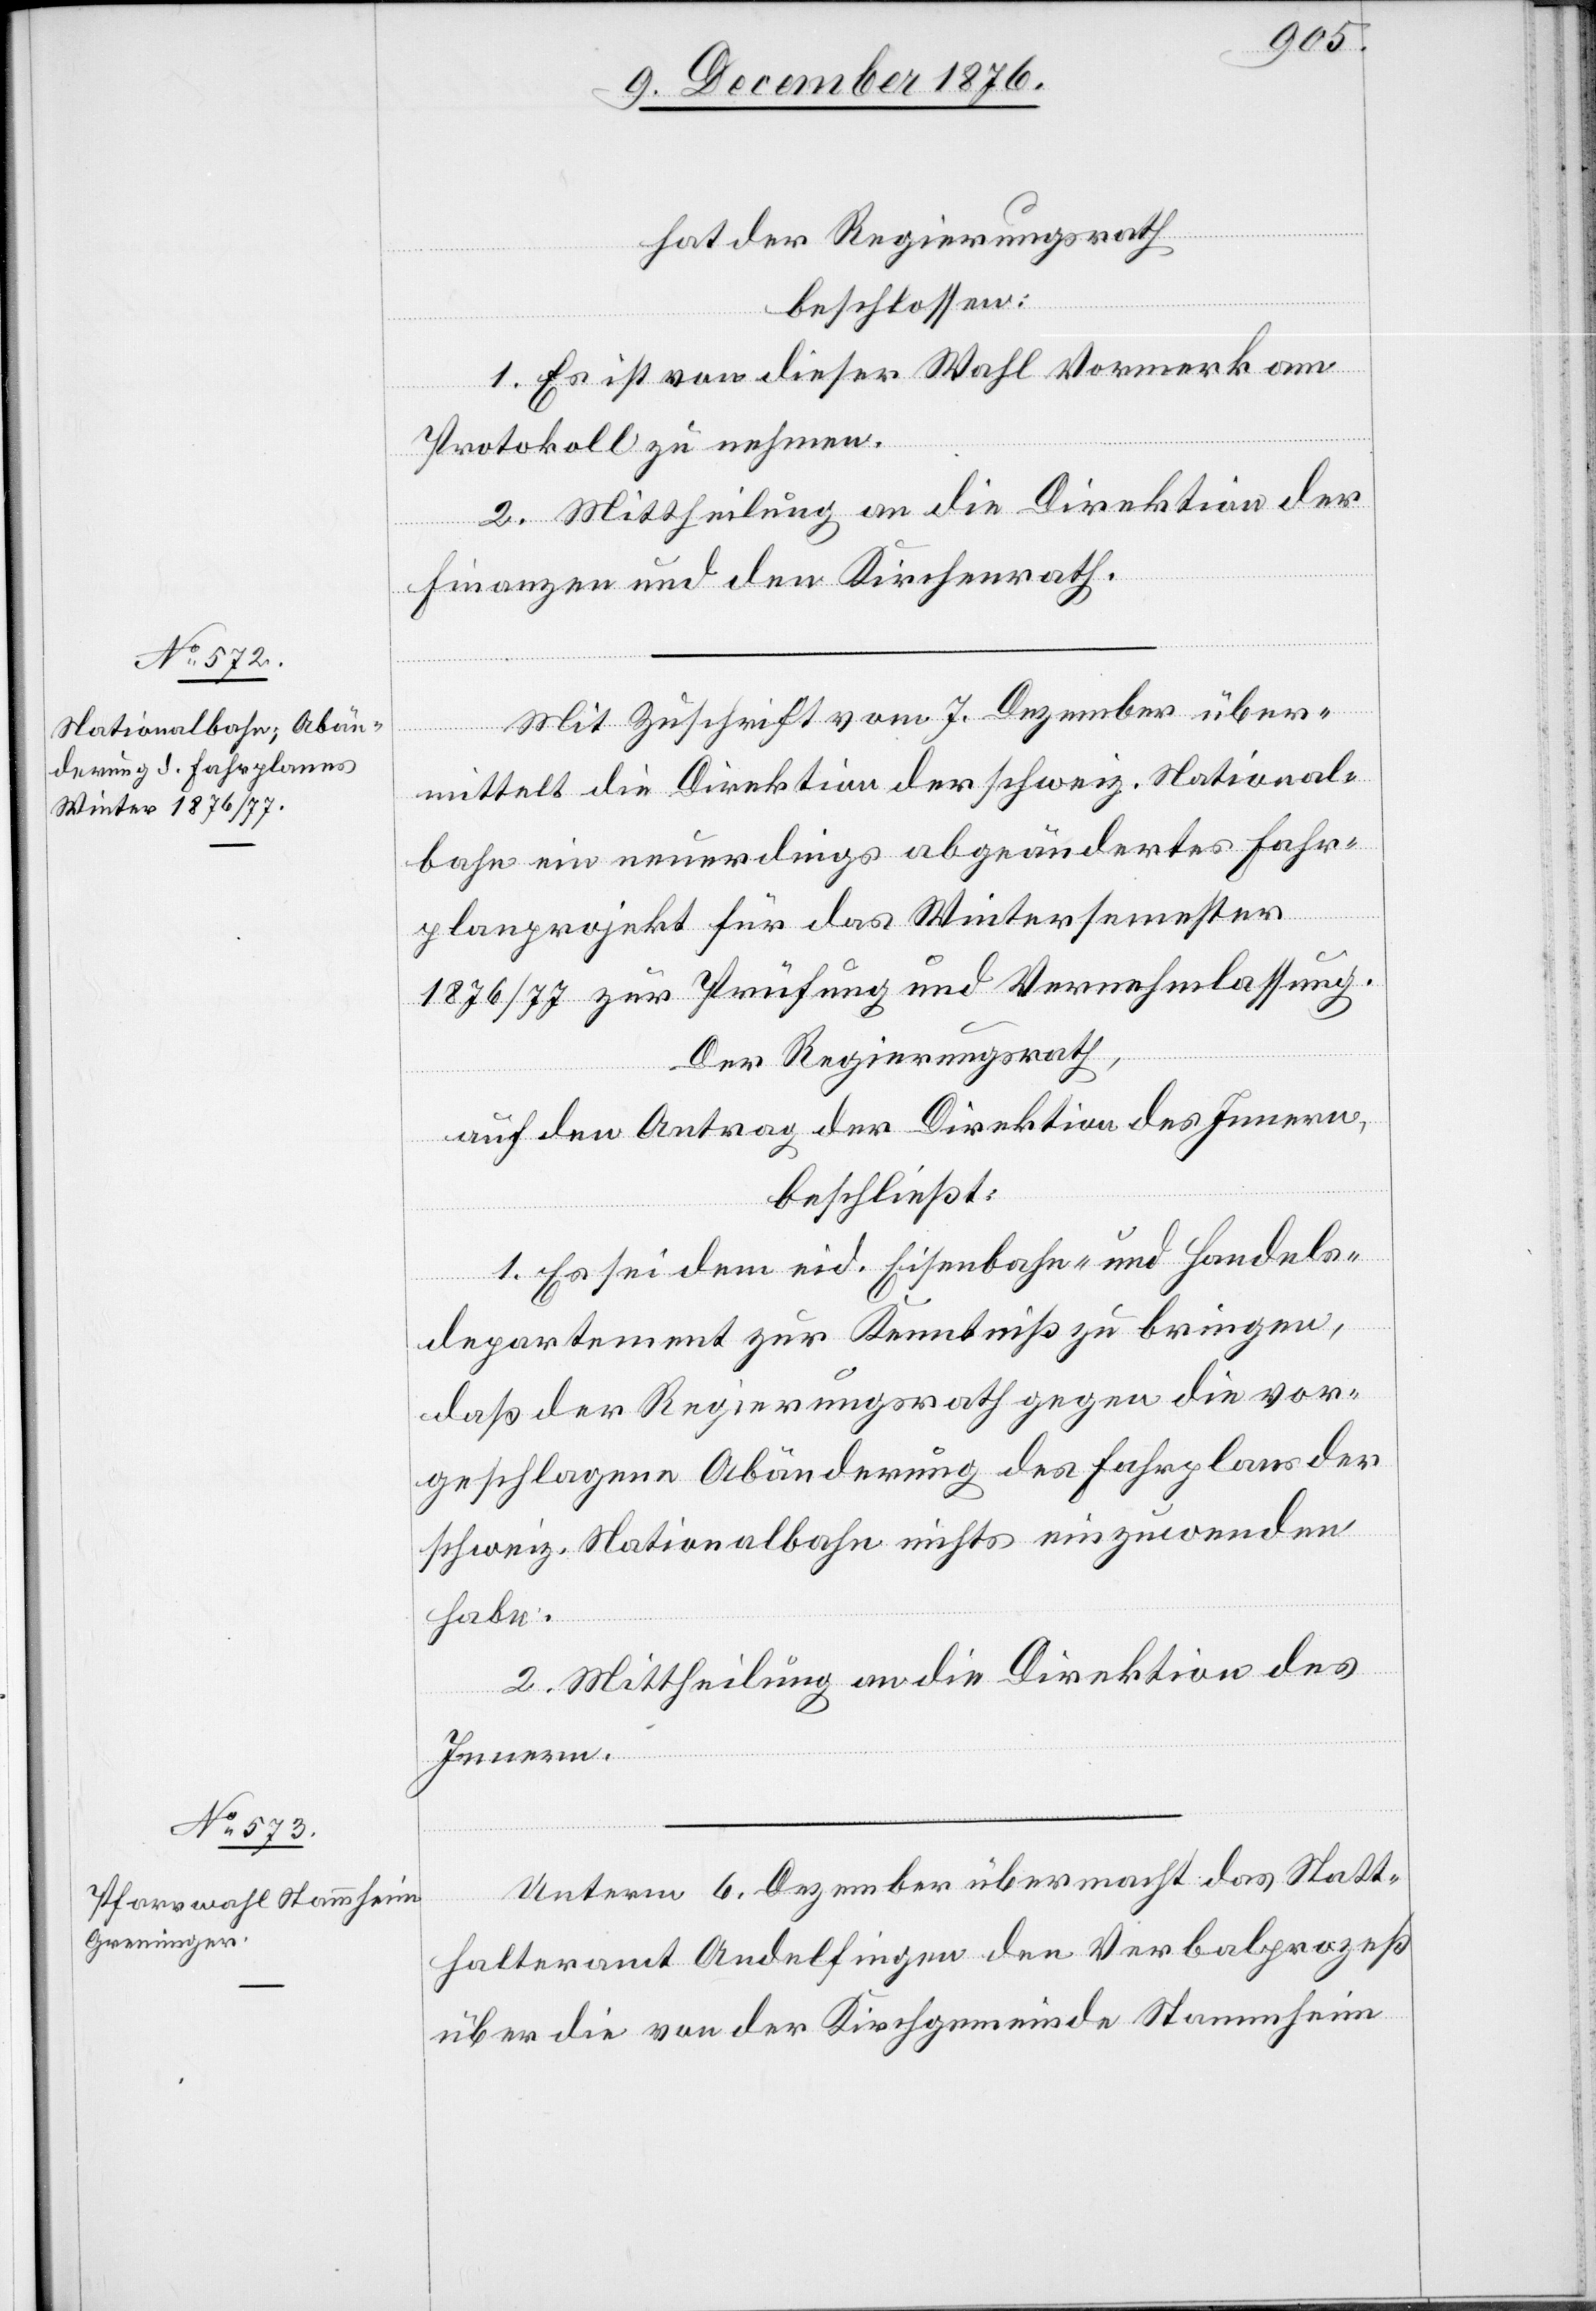
hat der Regierungsrath
beschlossen:
1. Es ist von dieser ahl Vormerk am
Protokoll zu nehmen.
2. Mittheilung an die Direktion der
Finanzen und den Kirchenrath.
Mit Zuschrift vom 7. Dezember über¬
mittelt die Direktion der schweiz. National¬
bahn ein neuerdings abgeändertes Fahr¬
planprojekt für das Wintersemester
1876/77 zur Prüfung und Vernehmlassung.
Der Regierungsrath,
auf Antrag der Direktion des Innern,
beschließt:
1. Es sei dem eid. Eisenbahn- und Handels¬
departement zur Kenntniß zu bringen,
daß der Regierungsrath gegen die vor¬
geschlagene Abänderung des Fahrplans der
schweiz. Nationalbahn nichts einzuwenden
habe.
2. Mittheilung an die Direktion des
Innern.
Unterm 6. Dezember übermacht das Statt¬
halteramt Andelfingen den Verbalprozeß
über die von der Kirchgemeinde Stammheim